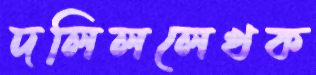
দলিললেখক